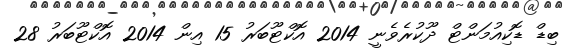
ބިޑް ޑޮކިއުމަންޓް ދޫކުރެވެނީ 2014 އޮކްޓޫބަރު 15 އިން 2014 އޮކްޓޫބަރު 28